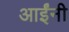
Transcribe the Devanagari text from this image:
आईंनी